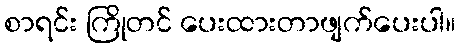
စာရင်း ကြိုတင် ပေးထားတာဖျက်ပေးပါ။